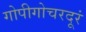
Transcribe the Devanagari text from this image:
गोपीगोचरदूरं